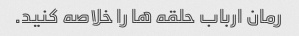
رمان ارباب حلقه ها را خلاصه کنید.